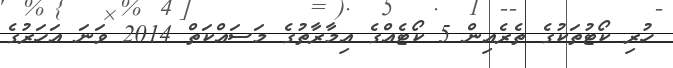
ހުރި ކޯޓުތަކުގެ ތެރެއިން 5 ކޯޓެއްގެ އިމާރާތުގެ މަސައްކަތް 2014 ވަނަ އަހަރުގެ